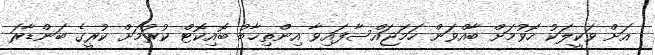
އަށް ވަކީލަކު ހޮވުމަށް ބާއްވަން ހަމަޖައްސާފައިވާ އިންތިޚާބު ބޮއިކޮޓް ކުރުމަށް ކުރީގެ ބަންޑާރަ